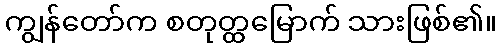
ကျွန်တော်က စတုတ္ထမြောက် သားဖြစ်၏။